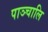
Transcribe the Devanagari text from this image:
पाञ्चालि